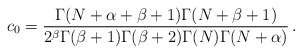
\begin{align*}c_{0}= {\Gamma(N+\alpha+\beta+1)\Gamma(N+\beta+1)\over 2^\beta\Gamma(\beta+1)\Gamma(\beta+2)\Gamma(N)\Gamma(N+\alpha)}\,.\end{align*}